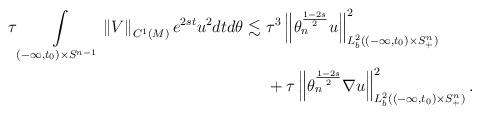
LaTeX: \begin{align*} \tau \int\limits_{(-\infty,t_0) \times S^{n-1}} \left\| V \right\|_{C^1(M)} e^{2st} u^2 dt d\theta \lesssim & \ \tau^{3} \left\| \theta_n^{\frac{1-2s}{2}} u \right\|_{L^2_b((-\infty,t_0) \times S^n_+)}^2 \\& \ + \tau \left\| \theta_n^{\frac{1-2s}{2}} \nabla u \right\|_{L^2_b((-\infty,t_0) \times S^n_+ )}^2.\end{align*}